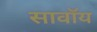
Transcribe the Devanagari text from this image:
सावॉय